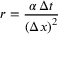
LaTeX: r = { \frac { \alpha \, \Delta t } { \left( \Delta x \right) ^ { 2 } } }